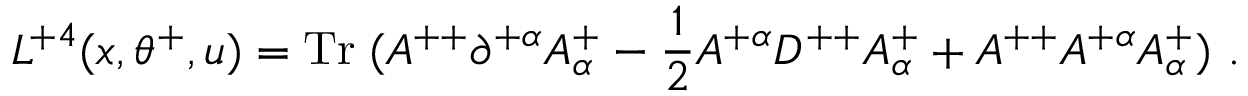
L ^ { + 4 } ( x , \theta ^ { + } , u ) = \mathrm { T r } \; ( A ^ { + + } \partial ^ { + \alpha } A _ { \alpha } ^ { + } - { \frac { 1 } { 2 } } A ^ { + \alpha } D ^ { + + } A _ { \alpha } ^ { + } + A ^ { + + } A ^ { + \alpha } A _ { \alpha } ^ { + } ) \ .